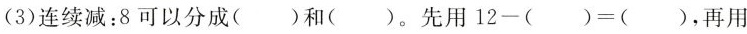
(3)连续减：8可以分成( )和( )。先用$$1 2 - ( ) = ( )$$，再用